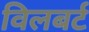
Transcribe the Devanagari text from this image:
विलबर्ट